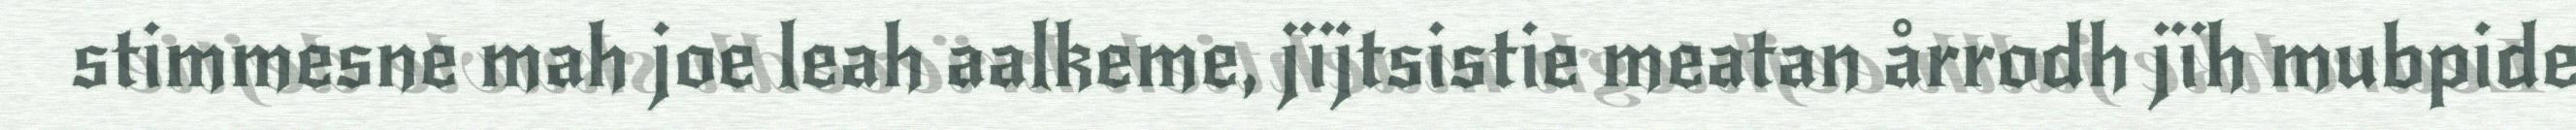
stimmesne mah joe leah aalkeme, jïjtsistie meatan årrodh jïh mubpide